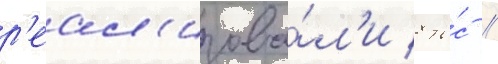
р'еал'изова́л'и 8 ты́с //